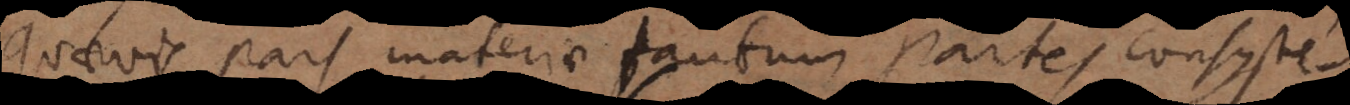
quaevis pars materiae tantum partes consyste